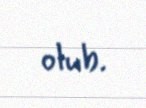
olub.